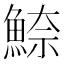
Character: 䱞